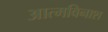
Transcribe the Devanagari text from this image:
आत्मविनाश